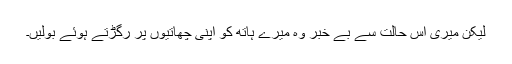
لیکن میری اس حالت سے بے خبر وہ میرے ہاتھ کو اپنی چھاتیوں پر رگڑتے ہوئے بولیں۔